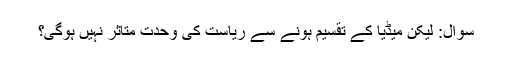
سوال: لیکن میڈیا کے تقسیم ہونے سے ریاست کی وحدت متاثر نہیں ہوگی؟